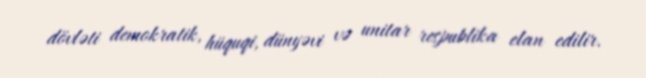
dövləti demokratik, hüquqi, dünyəvi və unitar respublika elan edilir.